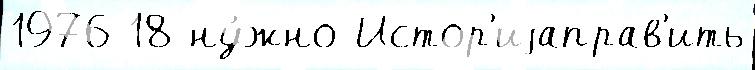
1976 18 ну́жно Истор'иjаправ'ить